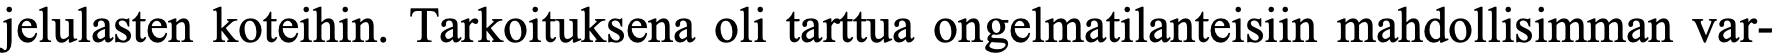
jelulasten koteihin. Tarkoituksena oli tarttua ongelmatilanteisiin mahdollisimman var-